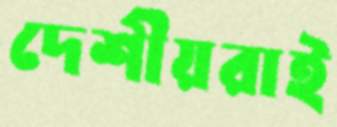
দেশীয়রাই